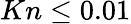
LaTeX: Kn\leq 0.01